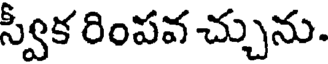
స్వీక రింపవ చ్చును.